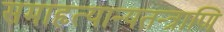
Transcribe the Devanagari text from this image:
समाहृत्यान्यतन्त्राणि